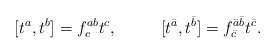
\begin{align*}[t^a,t^b]=f^{ab}_ct^c,~~~~~~~~[t^{\bar a},t^{\bar b}]=f^{\bar a\bar b}_{\bar c}t^{\bar c}.\end{align*}